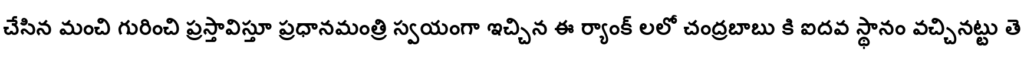
చేసిన మంచి గురించి ప్రస్తావిస్తూ ప్రధానమంత్రి స్వయంగా ఇచ్చిన ఈ ర్యాంక్ లలో చంద్రబాబు కి ఐదవ స్థానం వచ్చినట్టు తె